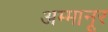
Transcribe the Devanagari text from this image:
अम्मानूर